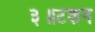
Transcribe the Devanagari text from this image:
३॥टशन